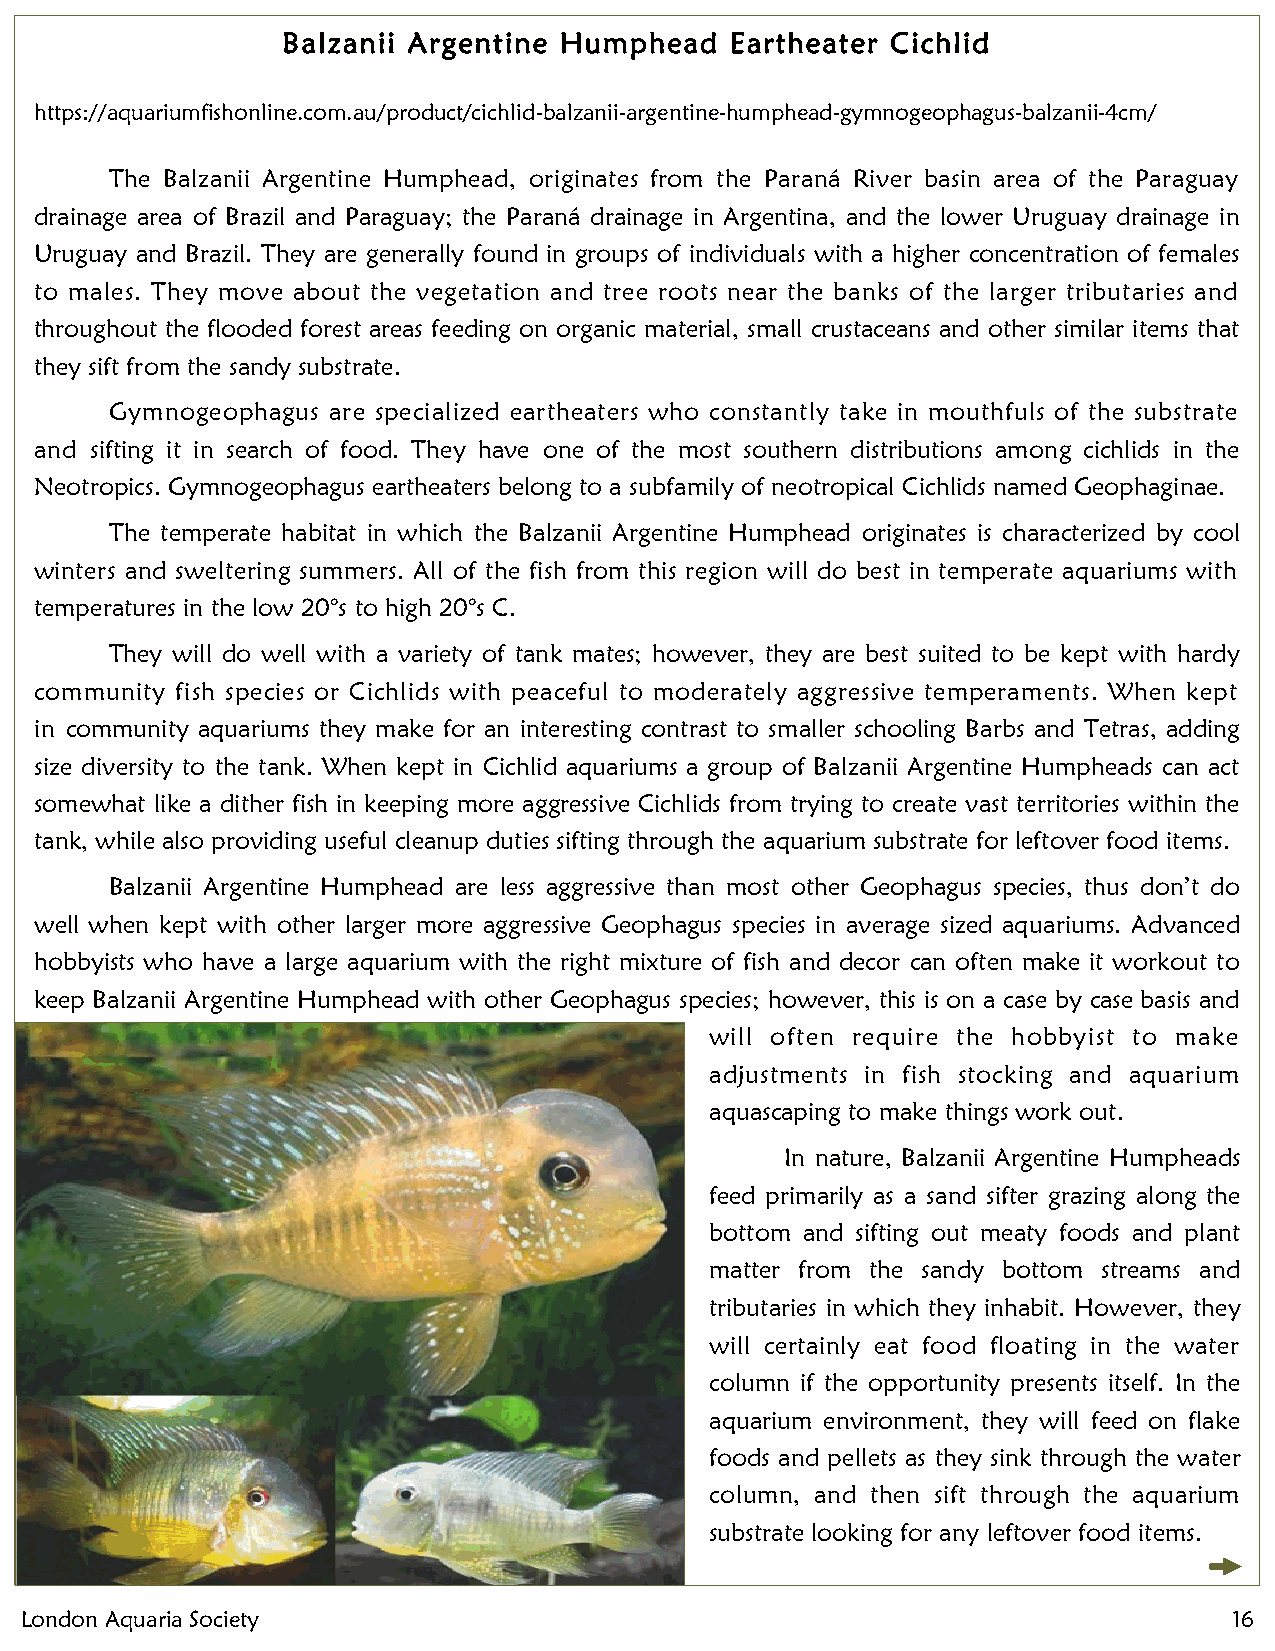
Balzanii ArgeAnntninuea lH Guemnperhaela Md eEeatritnhge ater Cichlid
 May  19, 2019
 https://aquariumfishonline.com.au/product/cichlGid-ebanlzearnaii-la rMgeneteintei-nhugm phead-gymnogeophagus-balzanii-4cm/
 The Balzanii Argentine Humphead, originates from the Paraná River basin area of the Paraguay
 drainage area of Brazil and Paraguay; the Paraná drainage in Argentina, and the lower Uruguay drainage in
 Uruguay and Brazil. They are generally found in groups of individuals with a higher concentration of females
 to males. They move about the vegetation and tree roots near the banks of the larger tributaries and
 throughout the flooded forest areas feeding on organic material, small crustaceans and other similar items that
 they sift from the sandy substrate.
 Gymnogeophagus are specialized eartheaters who constantly take in mouthfuls of the substrate
 and sifting it in search of food. They have one of the most southern distributions among cichlids in the
 Neotropics. Gymnogeophagus eartheaters belong to a subfamily of neotropical Cichlids named Geophaginae.
 Club Reports
 The temperate habitat in which the Balzanii Argentine Humphead originates is characterized by cool
 winters and sweltering summers. All of the fish from this region will do best in temperate aquariums with
 temperatures in the low 20°s to high 20°s C.
 They will do well with a variety of tank mates; however, they are best suited to be kept with hardy
 community fish species or Cichlids with peaceful to moderately aggressive temperaments. When kept
 in community aquariums they make for an interesting contrast to smaller schooling Barbs and Tetras, adding
 size diversity to the tank. When kept in Cichlid aquariums a group of Balzanii Argentine Humpheads can act
 somewhat like a dither fish in keeping more aggressive Cichlids from trying to create vast territories within the
 tank, while also providing useful cleanup duties sifting through the aquarium substrate for leftover food items.
 Balzanii Argentine Humphead are less aggressive than most other Geophagus species, thus don’t do
 well when kept with other larger more aggressive Geophagus species in average sized aquariums. Advanced
 hobbyists who have a large aquarium with the right mixture of fish and decor can often make it workout to
 keep Balzanii Argentine Humphead with other Geophagus species; however, this is on a case by case basis and
 will often require the hobbyist to make
 adjustments in fish stocking and aquarium
 aquascaping to make things work out.
 In nature, Balzanii Argentine Humpheads
 feed primarily as a sand sifter grazing along the
 bottom and sifting out meaty foods and plant
 matter from the sandy bottom streams and
 tributaries in which they inhabit. However, they
 will certainly eat food floating in the water
 column if the opportunity presents itself. In the
 aquarium environment, they will feed on flake
 foods and pellets as they sink through the water
 column, and then sift through the aquarium
 substrate looking for any leftover food items.
 London Aquaria Society                                                           16